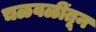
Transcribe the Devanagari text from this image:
चळवळींतून